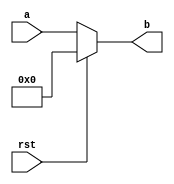
module conditional_operator (
    input rst,
    input wire [3:0] a,
    output reg [3:0] b
);

always @ (rst, a)
begin
    b = (rst) ? 4'b0000 : a; // If rst is true, assign 4'b0000 to b, else assign the value of a
end

endmodule